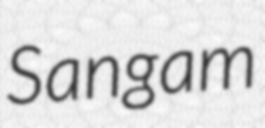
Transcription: Sangam